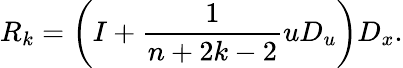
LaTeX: R_{k}=\left(I+{\frac{1}{n+2k-2}}uD_{u}\right)D_{x}.